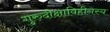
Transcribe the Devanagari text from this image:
गुरुदीक्षाविहीनस्य